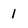
Character: 1